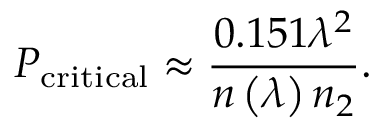
P _ { \mathrm { c r i t i c a l } } \approx \frac { 0 . 1 5 1 \lambda ^ { 2 } } { n \left( \lambda \right) n _ { 2 } } .